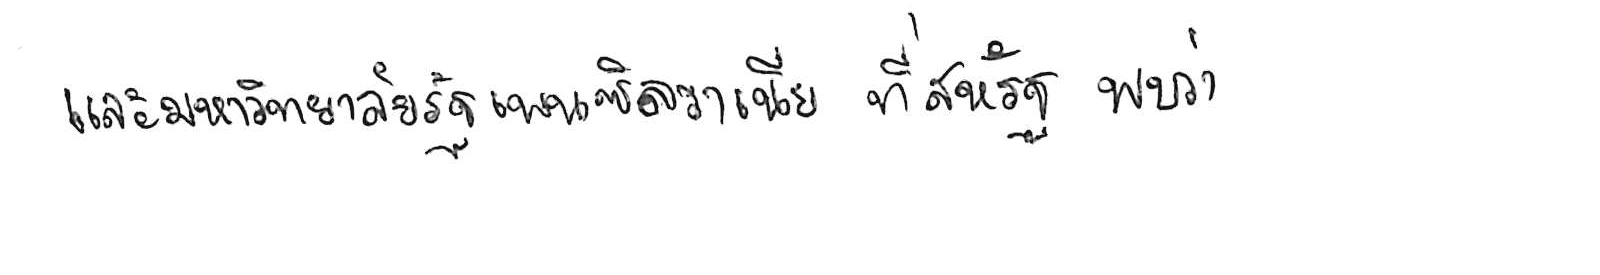
และมหาวิทยาลัยรัฐเพนซิลวาเนีย ที่สหรัฐ พบว่า